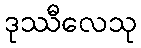
ဒုဿီလေသု